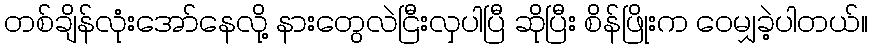
တစ်ချိန်လုံးအော်နေလို့ နားတွေလဲငြီးလှပါပြီ ဆိုပြီး စိန်ဖြိုးက ဝေမျှခဲ့ပါတယ်။